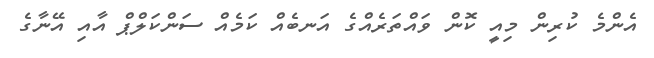
އެންމެ ކުރިން މިއީ ކޮން ވައްތަރެއްގެ އަނބެއް ކަމެއް ސަންކަލްޕް އާއި އޭނާގެ